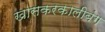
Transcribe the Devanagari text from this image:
खासकरकालीबंग